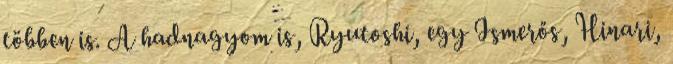
többen is. A hadnagyom is, Ryutoshi, egy Ismerős, Hinari,